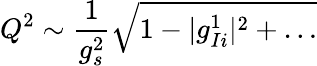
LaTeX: Q^{2}\sim\frac{1}{g_{s}^{2}}\sqrt{1-|g_{Ii}^{1}|^{2}+\dots}